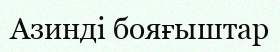
Азинді бояғыштар